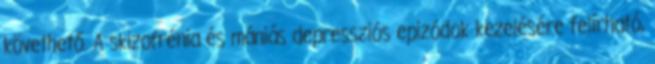
követhető. A skizofrénia és mániás depressziós epizódok kezelésére felírható,